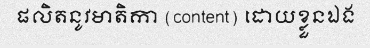
ផលិតនូវមាតិកា (content) ដោយខ្លួនឯង